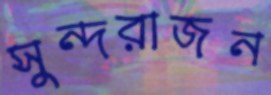
সুন্দরাজন